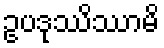
ဥပဒုဿိဿာမိ